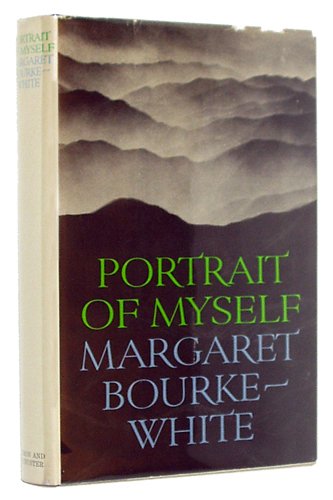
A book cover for Portrait of Myself; Margaret Bourke-White; Health, Fitness & Dieting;